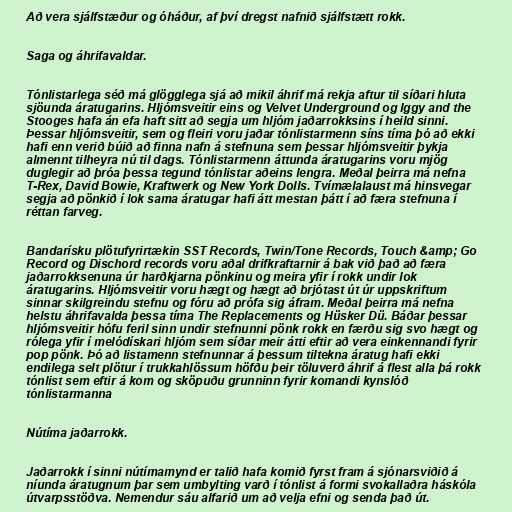
Að vera sjálfstæður og óháður, af því dregst nafnið sjálfstætt rokk.

Saga og áhrifavaldar.

Tónlistarlega séð má glögglega sjá að mikil áhrif má rekja aftur til síðari hluta
sjöunda áratugarins. Hljómsveitir eins og Velvet Underground og Iggy and the
Stooges hafa án efa haft sitt að segja um hljóm jaðarrokksins í heild sinni.
Þessar hljómsveitir, sem og fleiri voru jaðar tónlistarmenn síns tíma þó að ekki
hafi enn verið búið að finna nafn á stefnuna sem þessar hljómsveitir þykja
almennt tilheyra nú til dags. Tónlistarmenn áttunda áratugarins voru mjög
duglegir að þróa þessa tegund tónlistar aðeins lengra. Meðal þeirra má nefna
T-Rex, David Bowie, Kraftwerk og New York Dolls. Tvímælalaust má hinsvegar
segja að pönkið í lok sama áratugar hafi átt mestan þátt í að færa stefnuna í
réttan farveg.

Bandarísku plötufyrirtækin SST Records, Twin/Tone Records, Touch &amp; Go
Record og Dischord records voru aðal drifkraftarnir á bak við það að færa
jaðarrokksenuna úr harðkjarna pönkinu og meira yfir í rokk undir lok
áratugarins. Hljómsveitir voru hægt og hægt að brjótast út úr uppskriftum
sinnar skilgreindu stefnu og fóru að prófa sig áfram. Meðal þeirra má nefna
helstu áhrifavalda þessa tíma The Replacements og Hüsker Dü. Báðar þessar
hljómsveitir hófu feril sinn undir stefnunni pönk rokk en færðu sig svo hægt og
rólega yfir í melódískari hljóm sem síðar meir átti eftir að vera einkennandi fyrir
pop pönk. Þó að listamenn stefnunnar á þessum tiltekna áratug hafi ekki
endilega selt plötur í trukkahlössum höfðu þeir töluverð áhrif á flest alla þá rokk
tónlist sem eftir á kom og sköpuðu grunninn fyrir komandi kynslóð
tónlistarmanna

Nútíma jaðarrokk.

Jaðarrokk í sinni nútímamynd er talið hafa komið fyrst fram á sjónarsviðið á
níunda áratugnum þar sem umbylting varð í tónlist á formi svokallaðra háskóla
útvarpsstöðva. Nemendur sáu alfarið um að velja efni og senda það út.